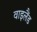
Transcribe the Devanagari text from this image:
वाइलैंड